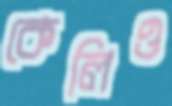
কেলিও